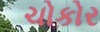
ચોકોર